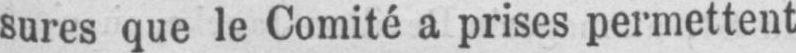
sures que le Comité a prises permettent